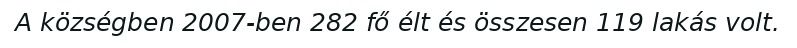
A községben 2007-ben 282 fő élt és összesen 119 lakás volt.